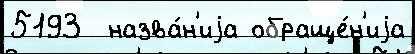
5193  назва́н'иjа обраще́н'иjа